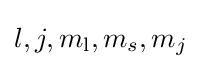
l,j,m_{\text{l}},m_{s},m_{j}